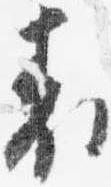
表